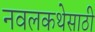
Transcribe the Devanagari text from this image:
नवलकथेसाठी